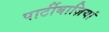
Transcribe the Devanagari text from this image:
पार्टीबाज़ियां